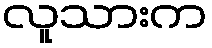
လူသားက